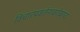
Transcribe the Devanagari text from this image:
विचारप्रवर्तनाबरोबरच